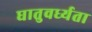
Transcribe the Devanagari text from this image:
घातुवर्ध्यता